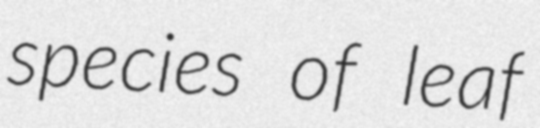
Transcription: species of leaf